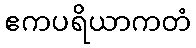
ဧကပရိယာကတံ